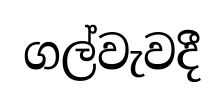
ගල්වැවදී